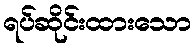
ရပ်ဆိုင်းထားသော